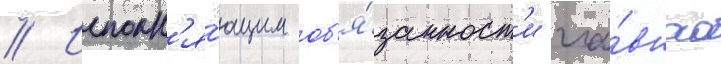
// Исполн'я́ющим об'я́занност'и гла́вного